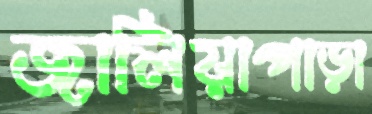
জালিয়াপাড়া